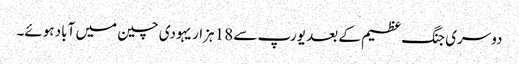
دوسری جنگ عظیم کے بعد یورپ سے 18 ہزار یہودی چین میں آباد ہوئے۔